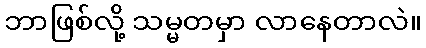
ဘာဖြစ်လို့ သမ္မတမှာ လာနေတာလဲ။